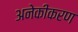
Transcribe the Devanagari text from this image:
अनेकीकरण